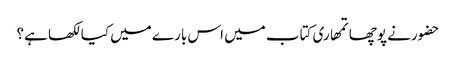
حضورنے پوچھا تمھاری کتاب میں اس بارے میں کیا لکھا ہے؟